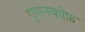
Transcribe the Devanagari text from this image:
गुमनकोफ़